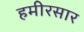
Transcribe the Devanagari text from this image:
हमीरसार